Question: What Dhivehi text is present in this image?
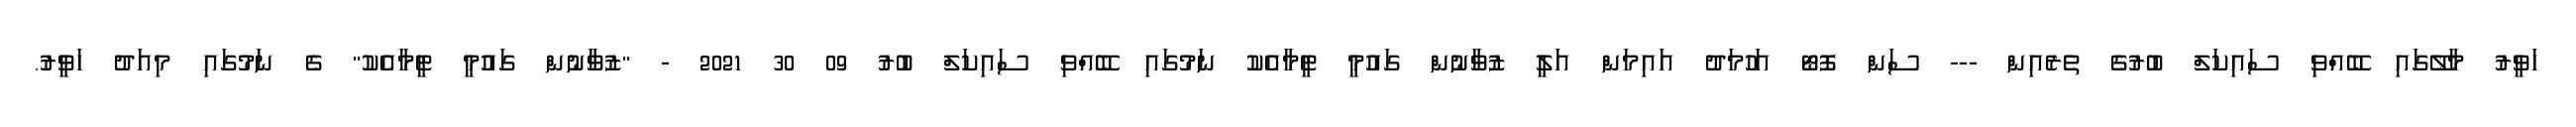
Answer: ހަވީރު މާލޭގައި ބޭއްވި ސައިކަލް ބުރުގެ ތެރެއިން --- ސަން ފޮޓޯ އަހުމަދު އައިމަން އަލީ ޒުވާނުން ގައުމީ ޓީމާއެކު ނަމުގައި ބޭއްވި ސައިކަލް ބުރު 09 30 2021 - "ޒުވާނުން ގައުމީ ޓީމާއެކު" ގެ ނަމުގައި މިއަދު ހަވީރު.